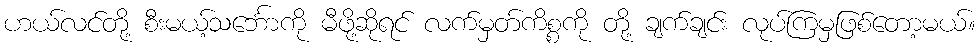
ဟယ်လင်တို့ စီးမယ့်သင်္ဘောကို မီဖို့ဆိုရင် လက်မှတ်ကိစ္စကို တို့ ချက်ချင်း လုပ်ကြမှဖြစ်တော့မယ်။